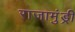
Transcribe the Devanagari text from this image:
राजामुंड्री